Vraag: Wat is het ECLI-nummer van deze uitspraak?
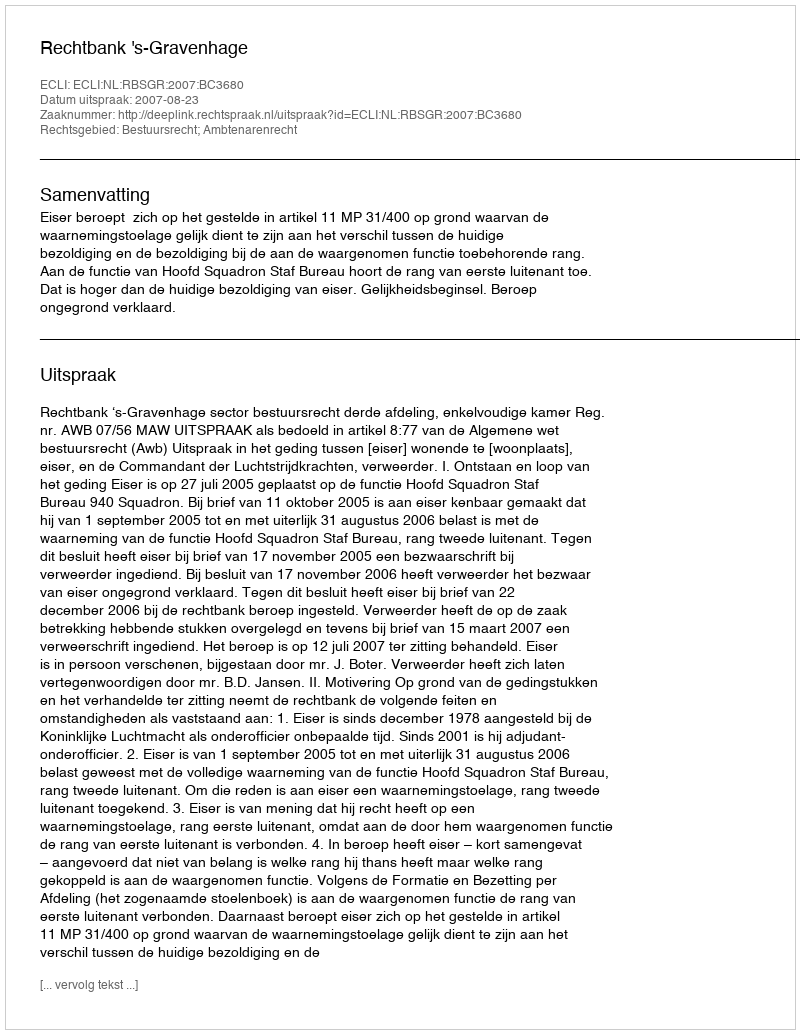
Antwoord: ECLI:NL:RBSGR:2007:BC3680